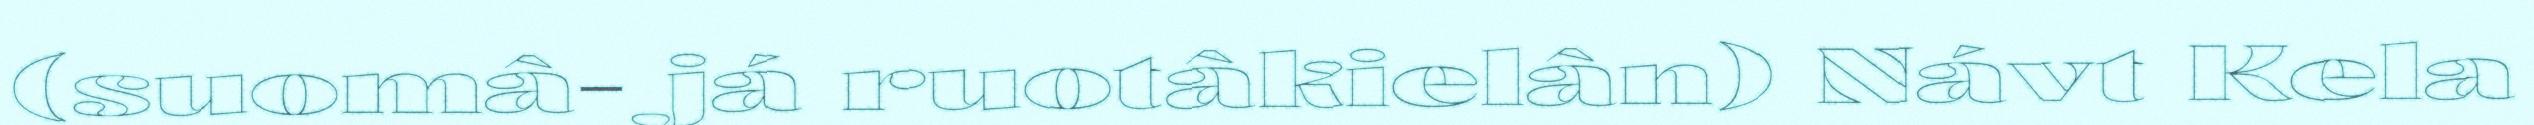
(suomâ- já ruotâkielân) Návt Kela